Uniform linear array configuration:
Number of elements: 4
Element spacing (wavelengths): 0.75
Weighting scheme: binomial
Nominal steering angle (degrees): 30
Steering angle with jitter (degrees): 28.867
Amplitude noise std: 0.05
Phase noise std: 0.05

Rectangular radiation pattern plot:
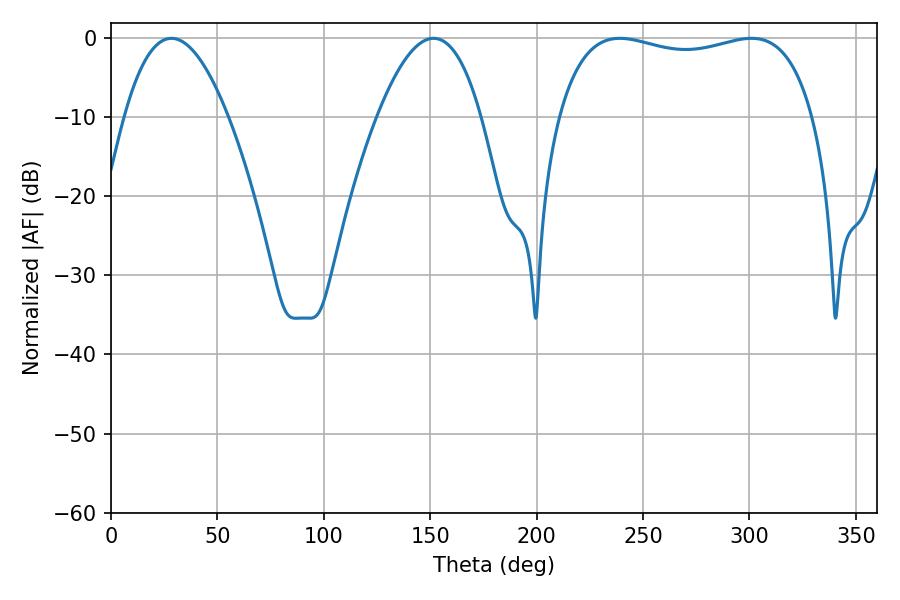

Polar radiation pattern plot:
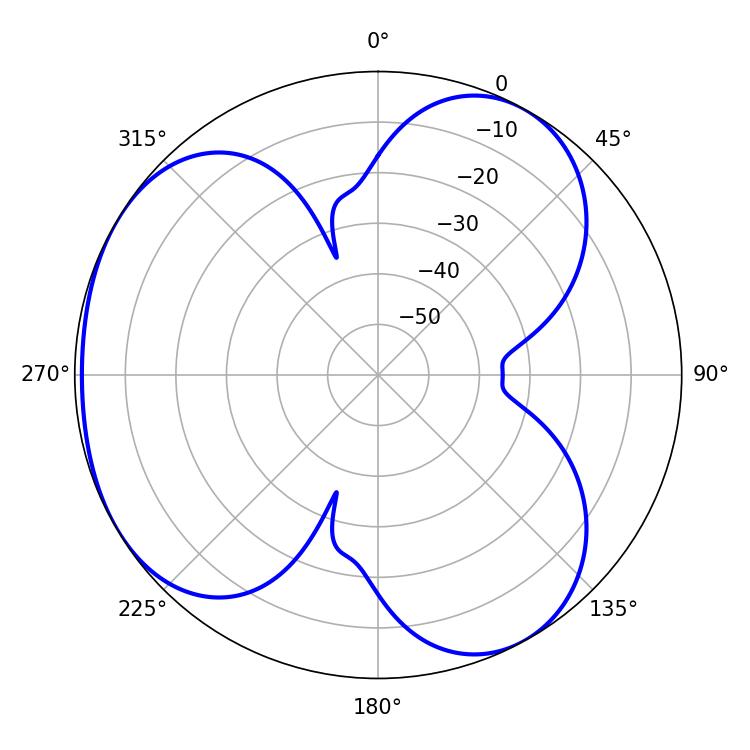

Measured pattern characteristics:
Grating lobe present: TRUE
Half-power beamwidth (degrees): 97.92
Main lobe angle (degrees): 239.04